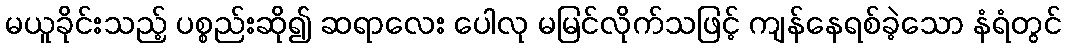
မယူခိုင်းသည့် ပစ္စည်းဆို၍ ဆရာလေး ပေါလု မမြင်လိုက်သဖြင့် ကျန်နေရစ်ခဲ့သော နံရံတွင်